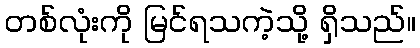
တစ်လုံးကို မြင်ရသကဲ့သို့ ရှိသည်။